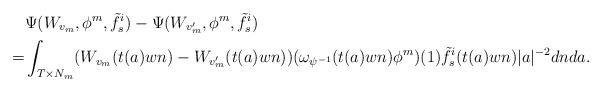
\begin{align*}&\Psi(W_{v_m},\phi^m,\tilde f_s^i)-\Psi(W_{v_m'}, \phi^m, \tilde f_s^i)\\=& \int_{T\times N_m}( W_{v_m}(t(a)wn)-W_{v_m'}(t(a)wn))(\omega_{\psi^{-1}}(t(a)wn)\phi^m)(1)\tilde f_s^i(t(a)wn)|a|^{-2}dn da.\end{align*}